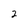
Character: 2